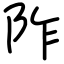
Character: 阼